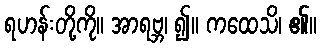
ရဟန်းတို့ကို။ အာရဗ္ဘ၊ ၍။ ကထေသိ၊ ၏။